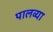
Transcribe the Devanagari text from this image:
पालव्या